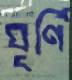
ঘূর্ণি